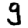
Digit: 9